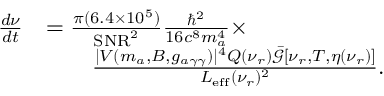
\begin{array} { r l } { \frac { d \nu } { d t } } & { = \frac { \pi ( 6 . 4 \times 1 0 ^ { 5 } ) } { \mathrm { S N R } ^ { 2 } } \frac { \hbar ^ { 2 } } { 1 6 c ^ { 8 } m _ { a } ^ { 4 } } \times } \\ & { \qquad \frac { | V ( m _ { a } , B , g _ { a \gamma \gamma } ) | ^ { 4 } Q ( \nu _ { r } ) \bar { \mathcal { G } } [ \nu _ { r } , T , \eta ( \nu _ { r } ) ] } { L _ { \mathrm { e f f } } ( \nu _ { r } ) ^ { 2 } } . } \end{array}